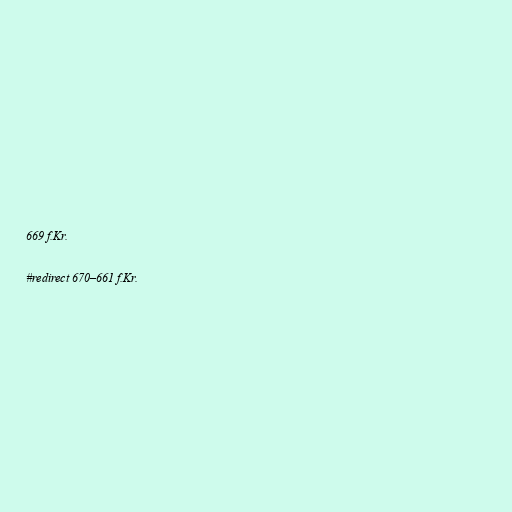
669 f.Kr.

#redirect 670–661 f.Kr.